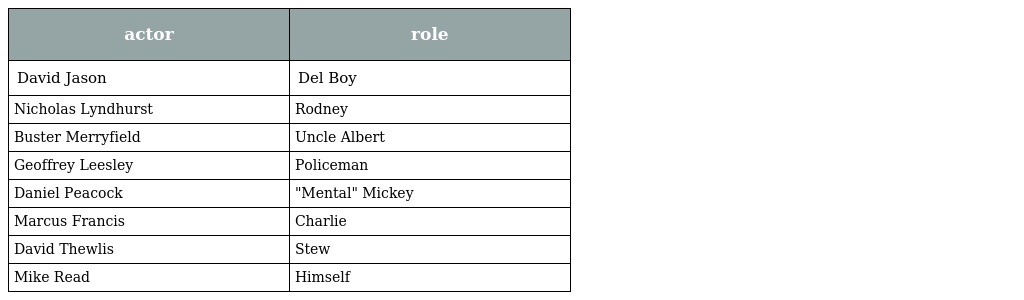
| actor | role |
 | --- | --- |
 | David Jason | Del Boy |
 | Nicholas Lyndhurst | Rodney |
 | Buster Merryfield | Uncle Albert |
 | Geoffrey Leesley | Policeman |
 | Daniel Peacock | "Mental" Mickey |
 | Marcus Francis | Charlie |
 | David Thewlis | Stew |
 | Mike Read | Himself |